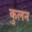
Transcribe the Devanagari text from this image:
कुलन